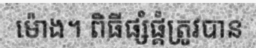
ម៉ោង។ ពិធីផ្សំផ្គំត្រូវបាន